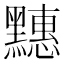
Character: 𪒜